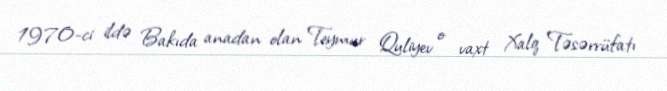
1970-ci ildə Bakıda anadan olan Teymur Quliyev o vaxt Xalq Təsərrüfatı